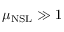
\mu _ { \mathrm { N S L } } \gg 1